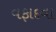
વફાદવા